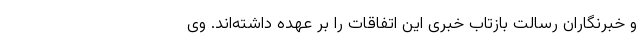
و خبرنگاران رسالت بازتاب خبری این اتفاقات را بر عهده داشته‌اند. وی